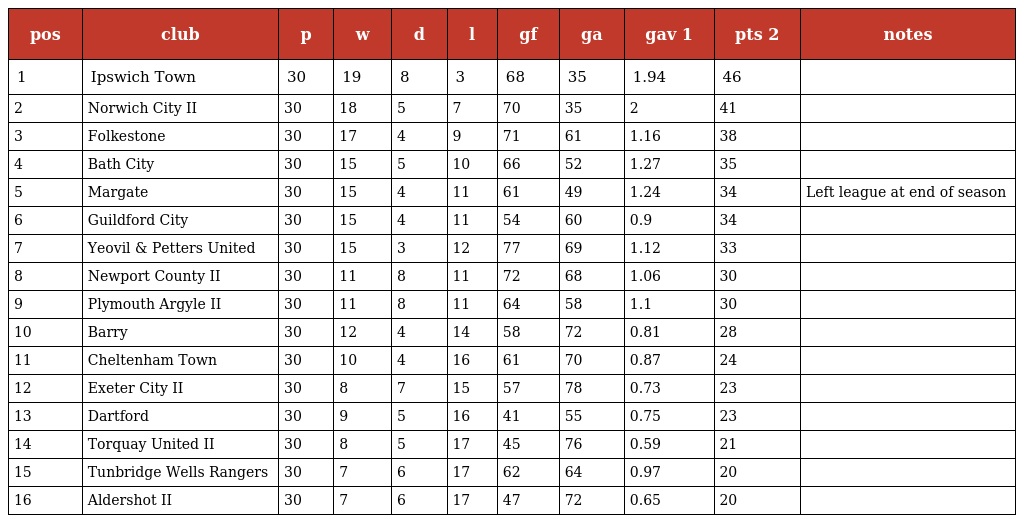
| pos | club | p | w | d | l | gf | ga | gav 1 | pts 2 | notes |
 | --- | --- | --- | --- | --- | --- | --- | --- | --- | --- | --- |
 | 1 | Ipswich Town | 30 | 19 | 8 | 3 | 68 | 35 | 1.94 | 46 |  |
 | 2 | Norwich City II | 30 | 18 | 5 | 7 | 70 | 35 | 2 | 41 |  |
 | 3 | Folkestone | 30 | 17 | 4 | 9 | 71 | 61 | 1.16 | 38 |  |
 | 4 | Bath City | 30 | 15 | 5 | 10 | 66 | 52 | 1.27 | 35 |  |
 | 5 | Margate | 30 | 15 | 4 | 11 | 61 | 49 | 1.24 | 34 | Left league at end of season |
 | 6 | Guildford City | 30 | 15 | 4 | 11 | 54 | 60 | 0.9 | 34 |  |
 | 7 | Yeovil & Petters United | 30 | 15 | 3 | 12 | 77 | 69 | 1.12 | 33 |  |
 | 8 | Newport County II | 30 | 11 | 8 | 11 | 72 | 68 | 1.06 | 30 |  |
 | 9 | Plymouth Argyle II | 30 | 11 | 8 | 11 | 64 | 58 | 1.1 | 30 |  |
 | 10 | Barry | 30 | 12 | 4 | 14 | 58 | 72 | 0.81 | 28 |  |
 | 11 | Cheltenham Town | 30 | 10 | 4 | 16 | 61 | 70 | 0.87 | 24 |  |
 | 12 | Exeter City II | 30 | 8 | 7 | 15 | 57 | 78 | 0.73 | 23 |  |
 | 13 | Dartford | 30 | 9 | 5 | 16 | 41 | 55 | 0.75 | 23 |  |
 | 14 | Torquay United II | 30 | 8 | 5 | 17 | 45 | 76 | 0.59 | 21 |  |
 | 15 | Tunbridge Wells Rangers | 30 | 7 | 6 | 17 | 62 | 64 | 0.97 | 20 |  |
 | 16 | Aldershot II | 30 | 7 | 6 | 17 | 47 | 72 | 0.65 | 20 |  |